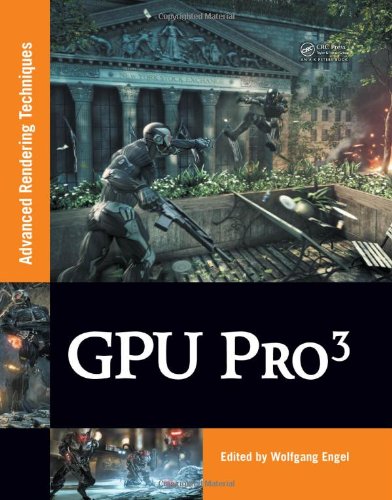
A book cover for GPU PRO 3: Advanced Rendering Techniques; Computers & Technology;